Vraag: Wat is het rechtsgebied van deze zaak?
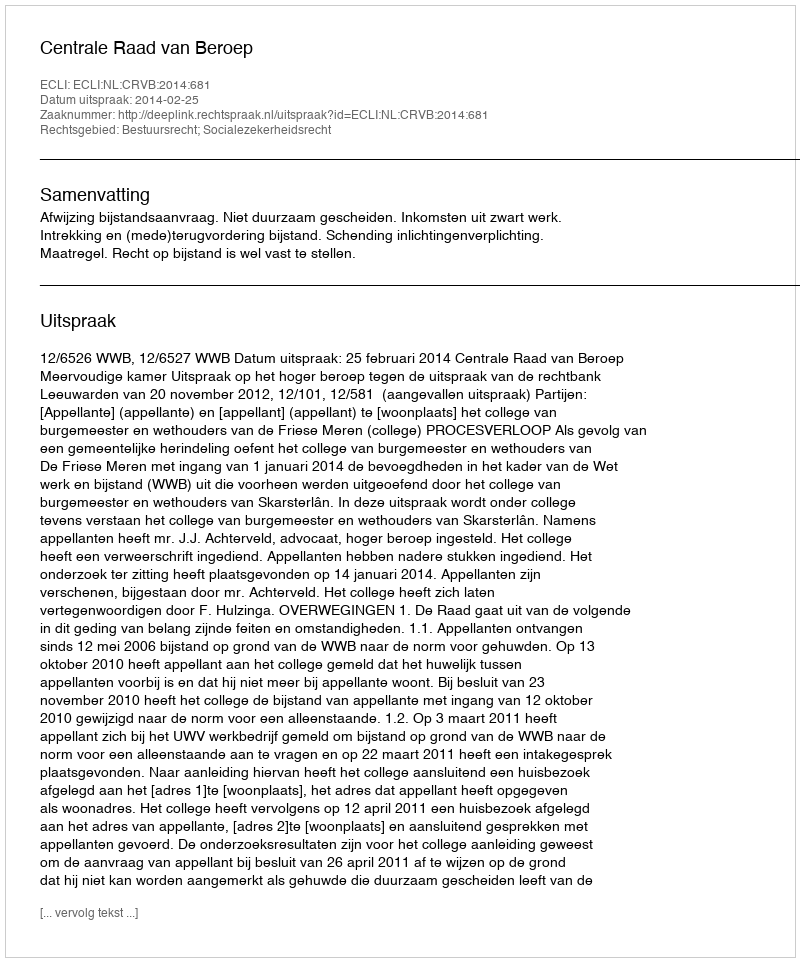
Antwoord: Bestuursrecht; Socialezekerheidsrecht